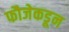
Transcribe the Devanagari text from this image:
फौजेकडून